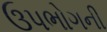
ઉપભોગની